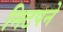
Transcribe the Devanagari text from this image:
निटपने